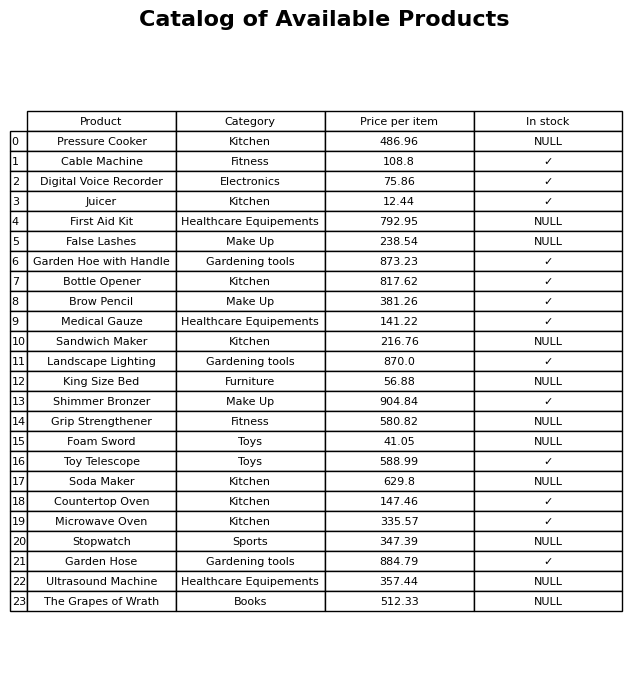
question: Is the Cable Machine in stock?
answer: ✓